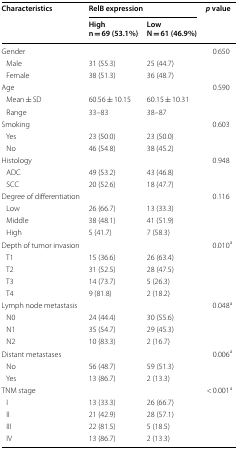
<table><thead><tr><td rowspan="2"><b>Characteristics</b></td><td colspan="2"><b>RelB expression</b></td><td rowspan="2"><b><i>p</i> value</b></td></tr><tr><td><b>Highn = 69 (53.1%)</b></td><td><b>LowN = 61 (46.9%)</b></td></tr></thead><tbody><tr><td>Gender</td><td></td><td></td><td>0.650</td></tr><tr><td> Male</td><td>31 (55.3)</td><td>25 (44.7)</td><td></td></tr><tr><td> Female</td><td>38 (51.3)</td><td>36 (48.7)</td><td></td></tr><tr><td>Age</td><td></td><td></td><td>0.590</td></tr><tr><td> Mean ± SD</td><td>60.56 ± 10.15</td><td>60.15 ± 10.31</td><td></td></tr><tr><td> Range</td><td>33–83</td><td>38–87</td><td></td></tr><tr><td>Smoking</td><td></td><td></td><td>0.603</td></tr><tr><td> Yes</td><td>23 (50.0)</td><td>23 (50.0)</td><td></td></tr><tr><td> No</td><td>46 (54.8)</td><td>38 (45.2)</td><td></td></tr><tr><td>Histology</td><td></td><td></td><td>0.948</td></tr><tr><td> ADC</td><td>49 (53.2)</td><td>43 (46.8)</td><td></td></tr><tr><td> SCC</td><td>20 (52.6)</td><td>18 (47.7)</td><td></td></tr><tr><td>Degree of differentiation</td><td></td><td></td><td>0.116</td></tr><tr><td> Low</td><td>26 (66.7)</td><td>13 (33.3)</td><td></td></tr><tr><td> Middle</td><td>38 (48.1)</td><td>41 (51.9)</td><td></td></tr><tr><td> High</td><td>5 (41.7)</td><td>7 (58.3)</td><td></td></tr><tr><td>Depth of tumor invasion</td><td></td><td></td><td>0.010<sup>a</sup></td></tr><tr><td> T1</td><td>15 (36.6)</td><td>26 (63.4)</td><td></td></tr><tr><td> T2</td><td>31 (52.5)</td><td>28 (47.5)</td><td></td></tr><tr><td> T3</td><td>14 (73.7)</td><td>5 (26.3)</td><td></td></tr><tr><td> T4</td><td>9 (81.8)</td><td>2 (18.2)</td><td></td></tr><tr><td>Lymph node metastasis</td><td></td><td></td><td>0.048<sup>a</sup></td></tr><tr><td> N0</td><td>24 (44.4)</td><td>30 (55.6)</td><td></td></tr><tr><td> N1</td><td>35 (54.7)</td><td>29 (45.3)</td><td></td></tr><tr><td> N2</td><td>10 (83.3)</td><td>2 (16.7)</td><td></td></tr><tr><td>Distant metastases</td><td></td><td></td><td>0.006<sup>a</sup></td></tr><tr><td> No</td><td>56 (48.7)</td><td>59 (51.3)</td><td></td></tr><tr><td> Yes</td><td>13 (86.7)</td><td>2 (13.3)</td><td></td></tr><tr><td>TNM stage</td><td></td><td></td><td>&lt; 0.001<sup>a</sup></td></tr><tr><td> I</td><td>13 (33.3)</td><td>26 (66.7)</td><td></td></tr><tr><td> II</td><td>21 (42.9)</td><td>28 (57.1)</td><td></td></tr><tr><td> III</td><td>22 (81.5)</td><td>5 (18.5)</td><td></td></tr><tr><td> IV</td><td>13 (86.7)</td><td>2 (13.3)</td><td></td></tr></tbody></table>